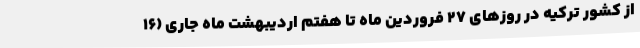
از کشور ترکیه در روزهای 27 فروردین ماه تا هفتم اردیبهشت ماه جاری (16